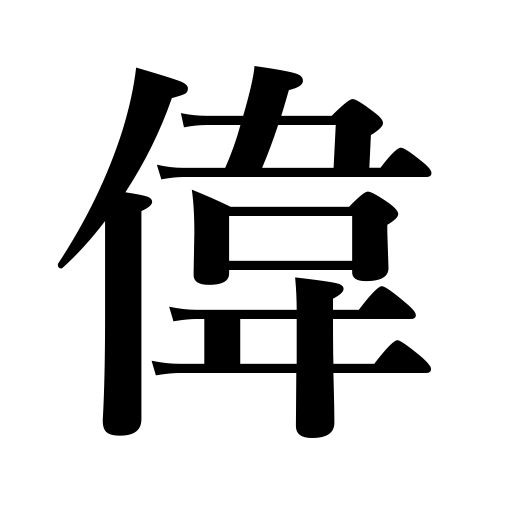
Meanings: greatness,great,excellent,remarkable,famous